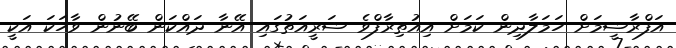
އަފްރާޝީމަށް ހަމަލާދިން ކަމަށް އިއުތިރާފްވެ ޝަރީއަތުގައި އޭނާ ދައްކަން ބޭނުން ވާހަކަ އަކީ